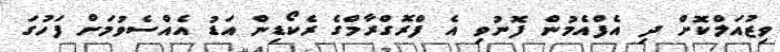
ވިޒުއަލްކޮށް ދި އެފްއެމުން ފޮނުވި އެ ފްރޮގްރާމްގެ ރެކޯޑިން އަޑު އެއްސެވުމަށް ފަހުގަ